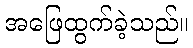
အဖြေထွက်ခဲ့သည်။